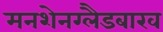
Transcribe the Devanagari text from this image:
मनशेनग्लैडबाख